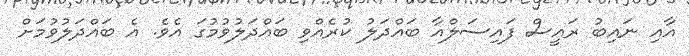
އާއި ނައިބު ރައީސް ފައިސަލްއާ ބައްދަލު ކުރެއްވި ބައްދަލުވުމުގަ އެވެ. އެ ބައްދަލުވުމަށް